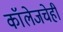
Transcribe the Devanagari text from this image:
कॉलेजचेही